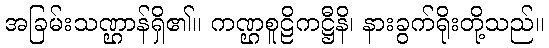
အခြမ်းသဏ္ဌာန်ရှိ၏။ ကဏ္ဌစူဠိကဋ္ဌီနိ၊ နားခွက်ရိုးတို့သည်။